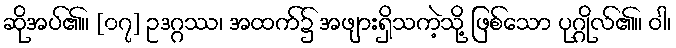
ဆိုအပ်၏။ [၀၇] ဥဒဂ္ဂဿ၊ အထက်၌ အဖျားရှိသကဲ့သို့ ဖြစ်သော ပုဂ္ဂိုလ်၏။ ဝါ၊